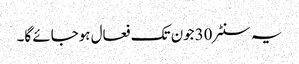
یہ سنٹر 30جون تک فعال ہوجائے گا۔